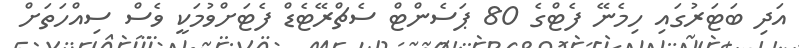
އަދި ބަޓަރުގައި ހިމެނޭ ފެޓްގެ 80 ޕަސެންޓް ސެޗްރޭޓެޑް ފެޓަށްވުމަކީ ވެސް ސިއްހަތަށް